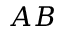
A B